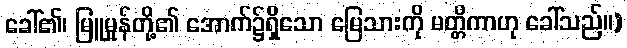
ခေါ်၏၊ မြူမှုန်တို့၏ အောက်၌ရှိသော မြေသားကို မတ္တိကာဟု ခေါ်သည်။)